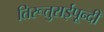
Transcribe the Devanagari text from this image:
तिरूतुराईपून्दी